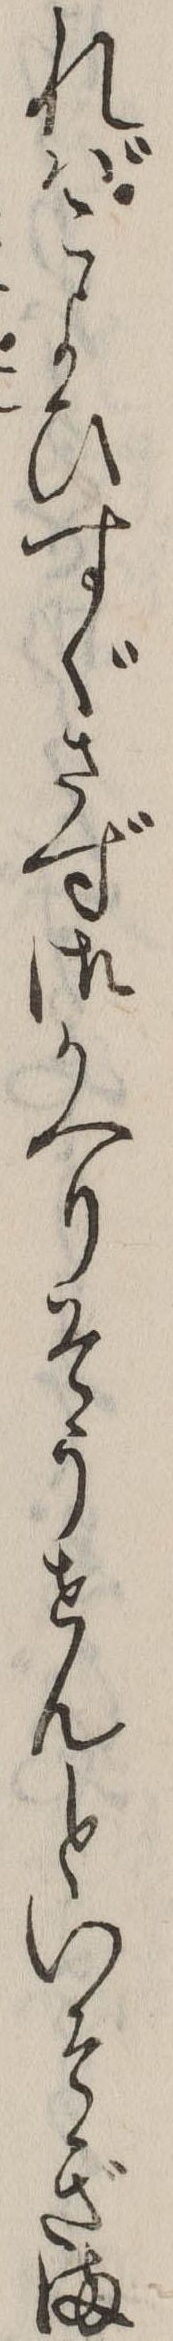
ればこよひすぐさず御かへりそうせんといそぎま